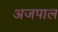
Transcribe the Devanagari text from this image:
अजपाल